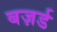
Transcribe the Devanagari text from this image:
बज़र्ड